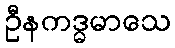
ဦနကဒ္ဓမာသေ